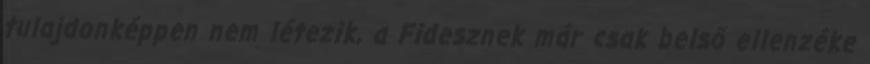
tulajdonképpen nem létezik, a Fidesznek már csak belső ellenzéke